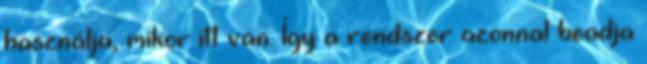
használja, mikor itt van. Így a rendszer azonnal beadja